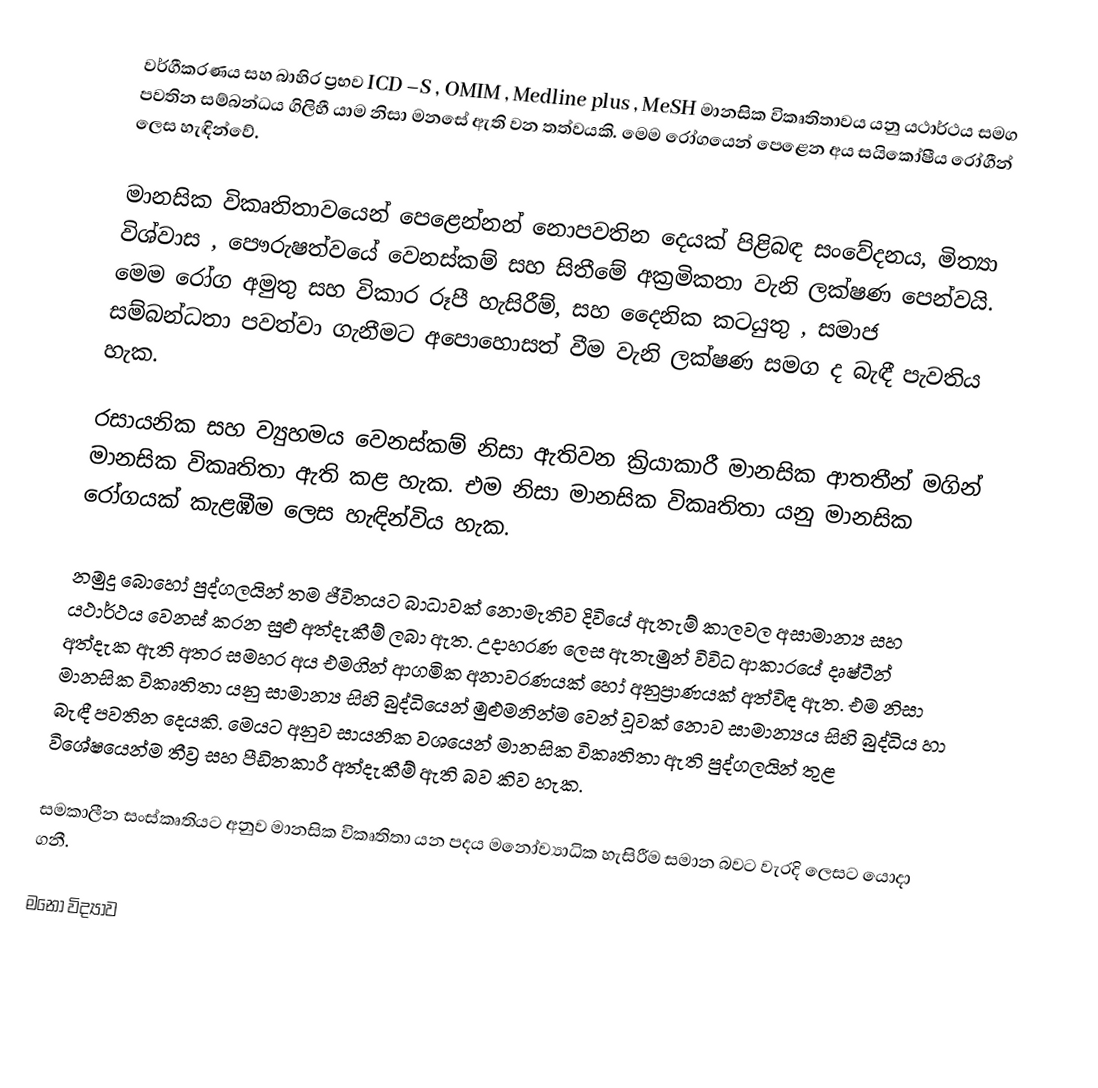
වර්ගීකරණය සහ බාහිර ප්‍රභව ICD –S , OMIM , Medline plus , MeSH මානසික විකෘතිතාවය යනු යථාර්ථය සමග පවතින සම්බන්ධය ගිලිහී යාම නිසා මනසේ ඇති වන තත්වයකි. මෙම රෝගයෙන් පෙළෙන අය සයිකෝෂීය රෝගීන් ලෙස හැඳින්වේ.

මානසික විකෘතිතාවයෙන් පෙළෙන්නන් නොපවතින දෙයක් පිළිබඳ සං‍වේදනය, මිත්‍යා විශ්වාස , පෞරුෂත්වයේ වෙනස්කම් සහ සිතීමේ අක්‍රමිකතා වැනි ලක්ෂණ පෙන්වයි. මෙම රෝග අමුතු සහ විකාර රූපී හැසිරීම්, සහ දෛනික කටයුතු , සමාජ සම්බන්ධතා පවත්වා ගැනීමට අපොහොසත් වීම වැනි ලක්ෂණ සමග ද බැඳී පැවතිය හැක.

රසායනික සහ ව්‍යුහමය වෙනස්කම් නිසා ඇතිවන ක්‍රියාකාරී මානසික ආතතීන් මගින් මානසික විකෘතිතා ඇති කළ හැක. එම නිසා මානසික විකෘතිතා යනු මානසික රෝගයක් කැළඹීම ලෙස හැඳින්විය හැක.

නමුදු බොහෝ පුද්ගලයින් තම ජීවිතයට බාධාවක් නොමැතිව දිවියේ ඇතැම් කාලවල අසාමාන්‍ය සහ යථාර්ථය වෙනස් කරන සුළු අත්දැකීම් ලබා ඇත. උදාහරණ ලෙස ඇතැමුන් විවිධ ආකාරයේ දෘෂ්ටීන් අත්දැක ඇති අතර සමහර අය එමගින් ආගමික අනාවරණයක් හෝ අනුප්‍රාණයක්  අත්විඳ ඇත. එම නිසා මානසික විකෘතිතා යනු සාමාන්‍ය සිහි බුද්ධියෙන් මුළුමනින්ම වෙන් වූවක් නොව සාමාන්‍යය සිහි බුද්ධිය හා බැඳී පවතින දෙයකි. මෙයට අනුව සායනික වශයෙන් මානසික විකෘතිතා ඇති පුද්ගලයින් තුළ විශේෂයෙන්ම තීව්‍ර සහ පීඩිතකාරී අත්දැකීම් ඇති බව කිව හැක.

සමකාලීන සංස්කෘතියට අනුව මානසික විකෘතිතා යන පදය මනෝව්‍යාධික හැසිරීම සමාන බවට වැරදි ලෙසට යොදා ගනී.

මනෝ විද්‍යාව